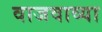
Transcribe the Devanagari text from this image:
वाजवाव्या